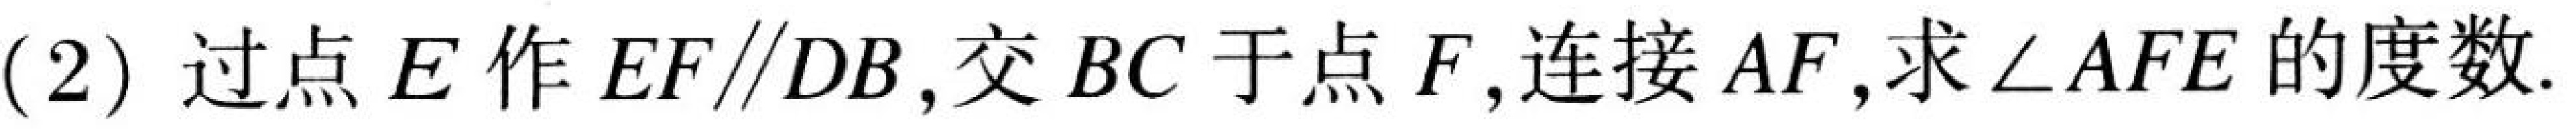
(2)过点\(E\)作\(EF\parallel DB\)，交\(BC\)于点\(F\)，连接\(AF\)，求\(\angle AFE\)的度数.